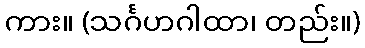
ကား။ (သင်္ဂဟဂါထာ၊ တည်း။)